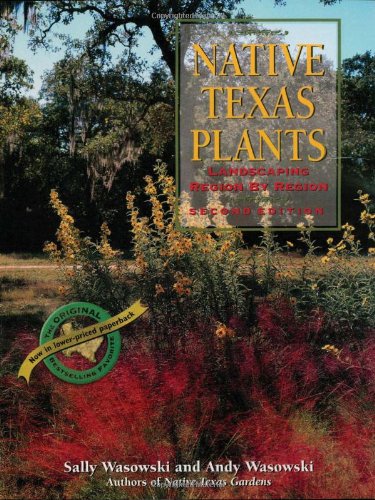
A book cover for Native Texas Plants: Landscaping Region by Region; Sally Wasowski; Crafts, Hobbies & Home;